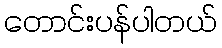
တောင်းပန်ပါတယ်